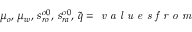
\mu _ { o } , \, \mu _ { w } , \, s _ { r o } ^ { \sigma 0 } , \, s _ { r a } ^ { \sigma 0 } , \, \tilde { q } = \textit { v a l u e s f r o m }